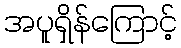
အပူရှိန်ကြောင့်